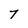
Character: T